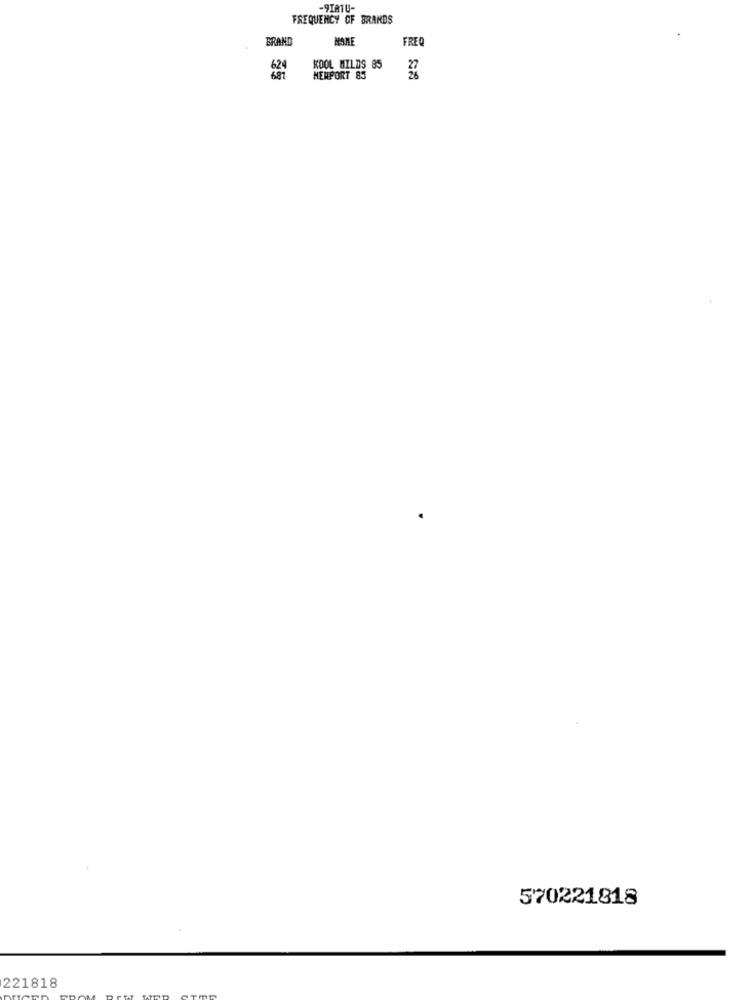
-9I81U-
FREQUENCY OF BRANDS
BRAND
FREO
624
KOOL MILDS 85
MENPORT 83
570221818
221818